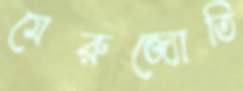
মেরুজ্যোতি